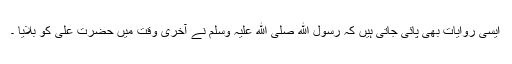
ایسی روایات بھی پائی جاتی ہیں کہ رسول ﷲ صلی ﷲ علیہ وسلم نے آخری وقت میں حضرت علی کو بلایا ۔